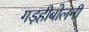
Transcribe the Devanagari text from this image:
गड़हीबोलनी